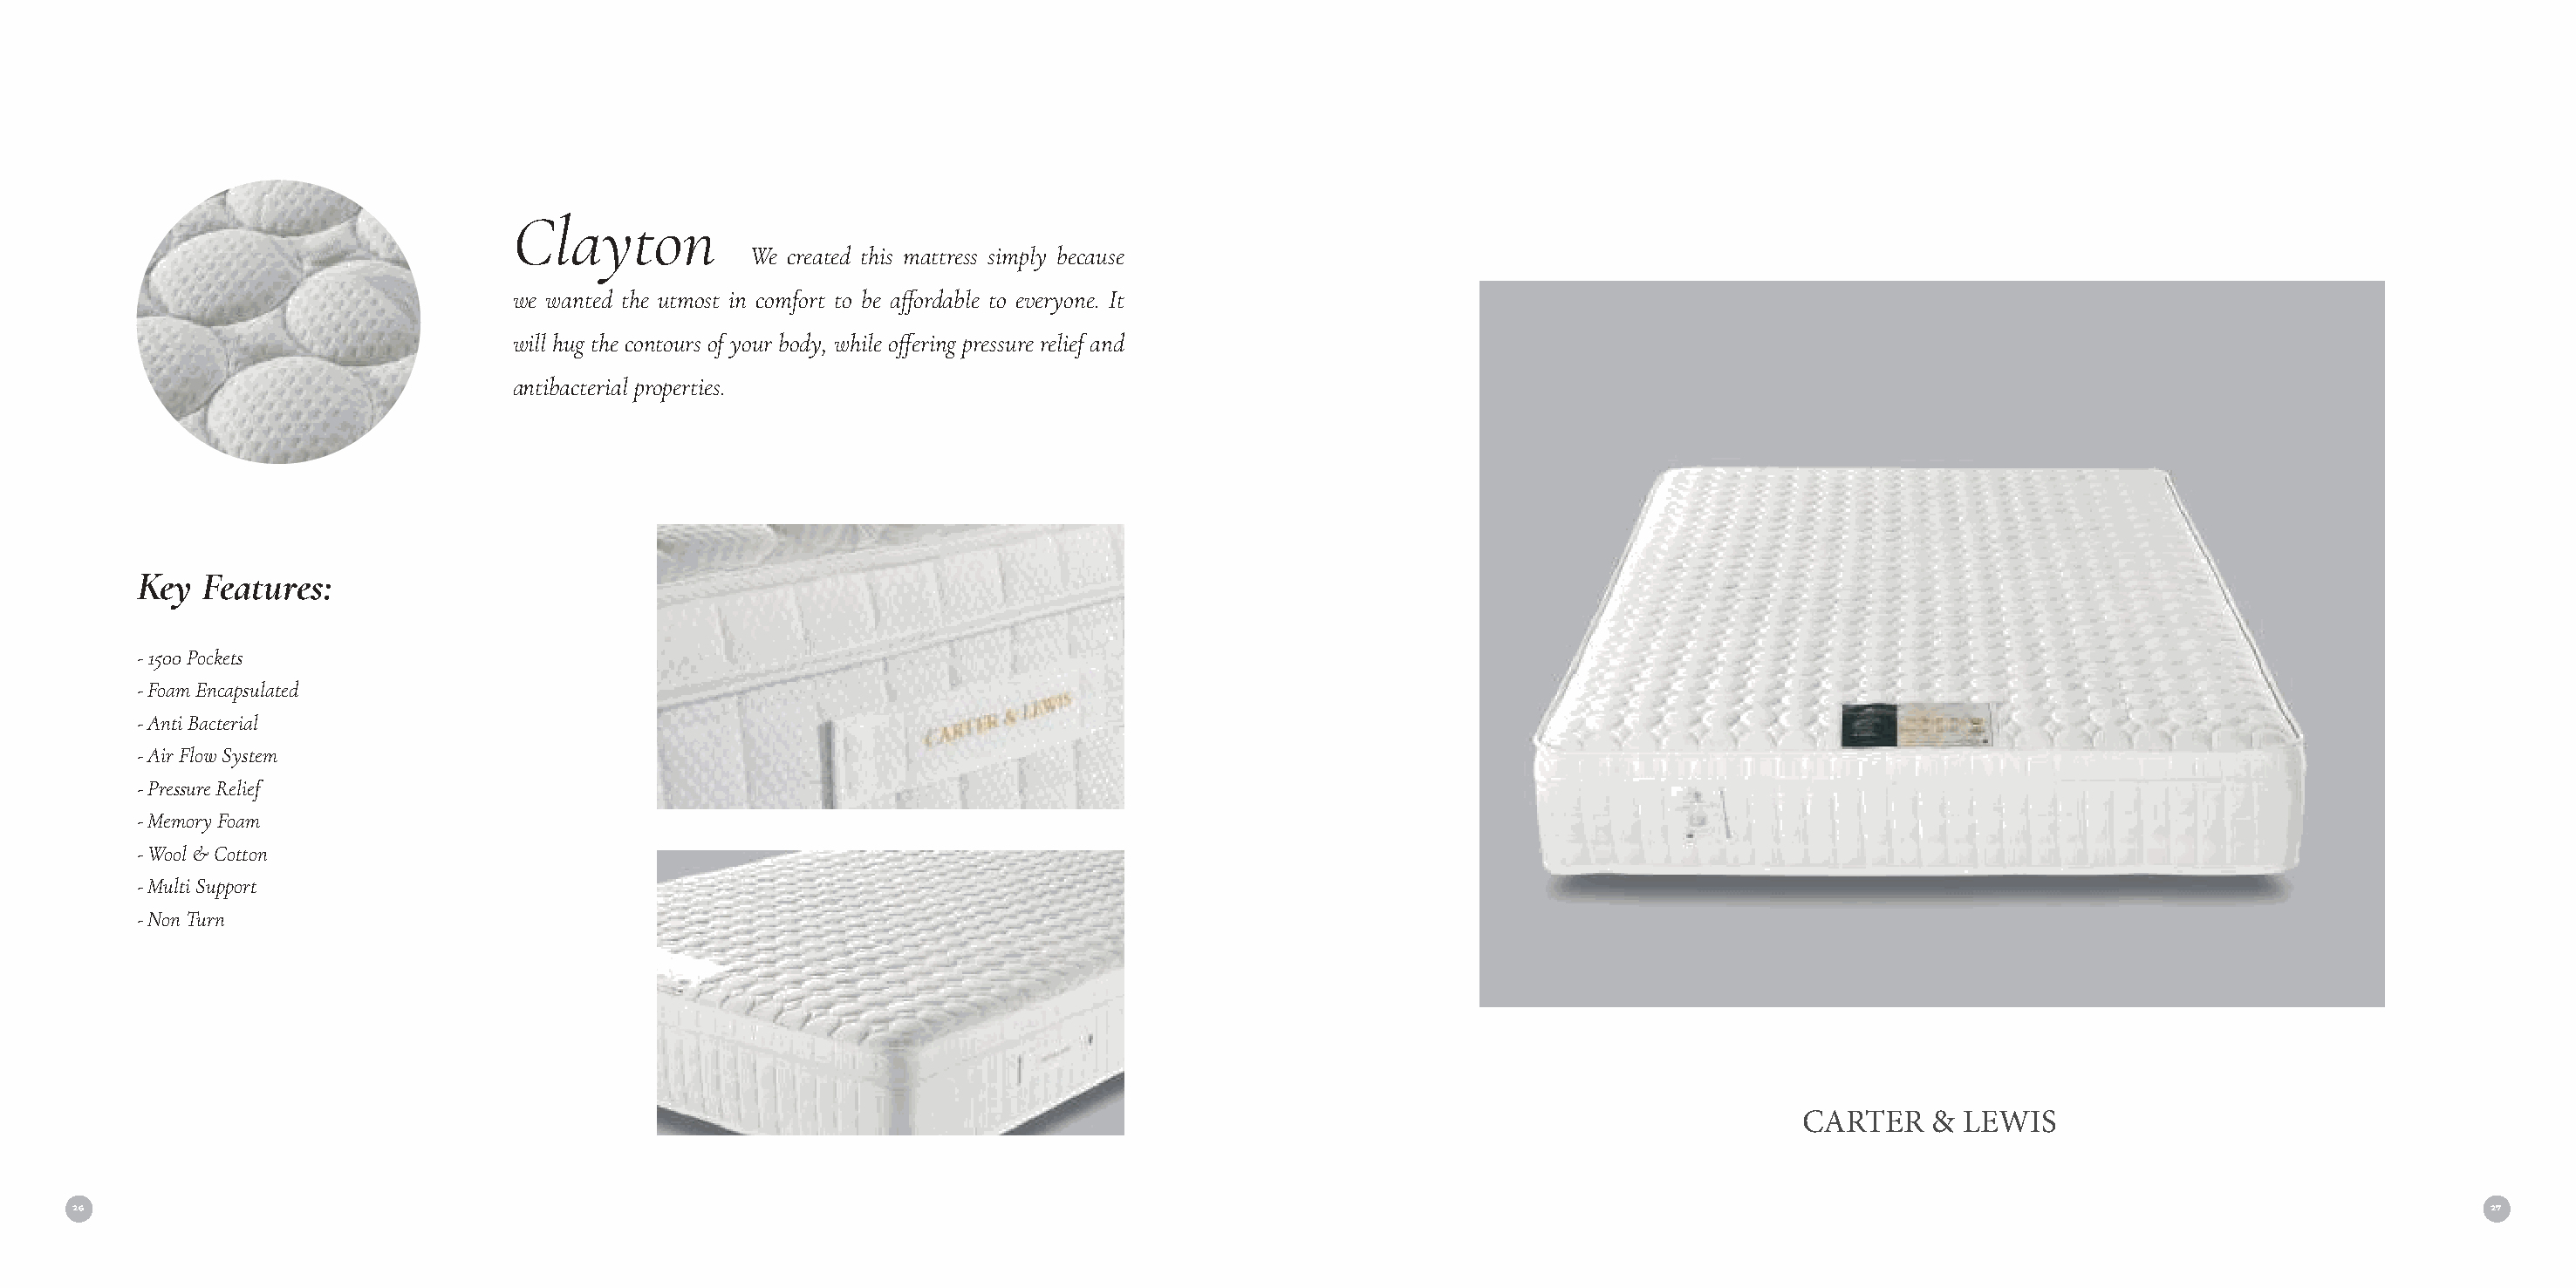
Clayton
 We created this mattress simply because
 we wanted the utmost in comfort to be affordable to everyone. It
 will hug the contours of your body, while offering pressure relief and
 antibacterial properties.
 Key  Features:
 - 1500 Pockets
 - Foam Encapsulated
 - Anti Bacterial
 - Air Flow System
 - Pressure Relief
 - Memory Foam
 - Wool & Cotton
 - Multi Support
 - Non Turn
 CARTER    & LEWIS
 26                                                                                                                                                                                     27